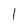
Character: I